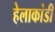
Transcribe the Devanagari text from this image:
हेलाकांडी